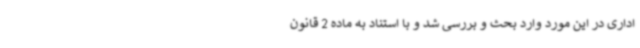
اداری در این مورد وارد بحث و بررسی شد و با استناد به ماده 2 قانون